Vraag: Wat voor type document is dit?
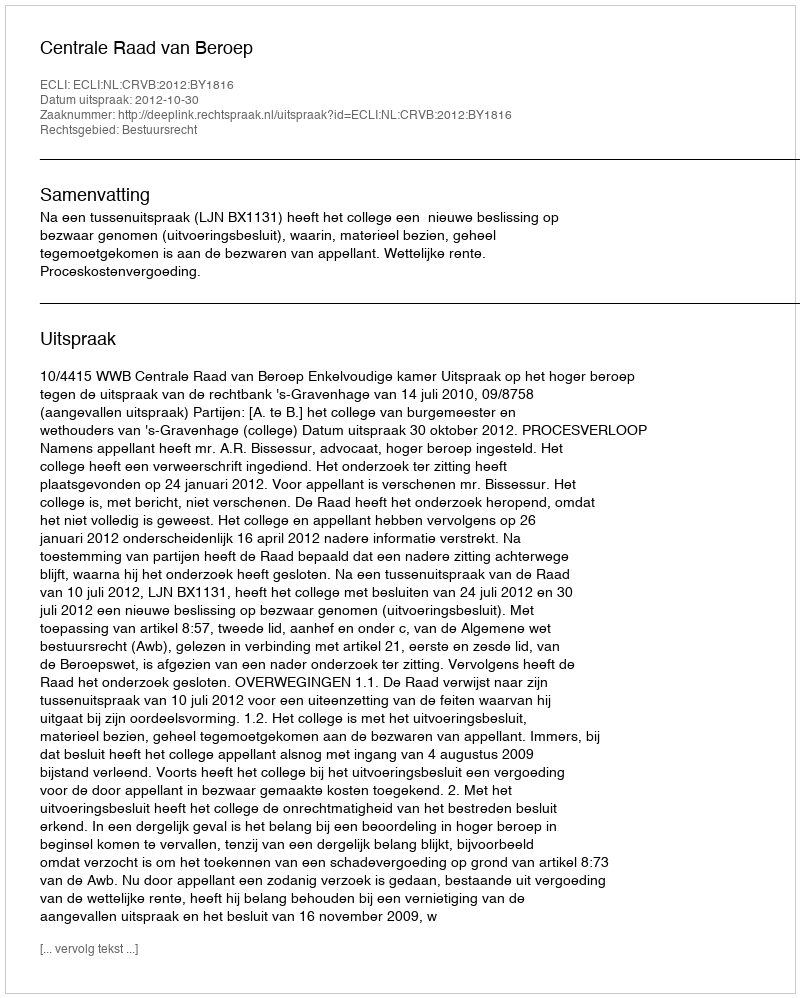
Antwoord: Uitspraak